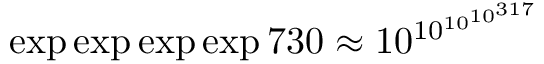
\exp \exp \exp \exp 7 3 0 \approx 1 0 ^ { 1 0 ^ { 1 0 ^ { 1 0 ^ { 3 1 7 } } } }